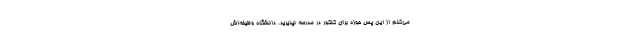
می‌کنم از این پس حوزه برای کنکور در مدرسه نپذیرید. دانشگاه وظیفه‌اش